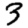
Digit: 3